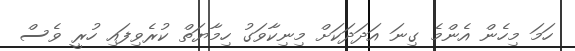
ހަމަ މިހެން އެންމެ ގިނަ އަދަދަކަށް މިނިކާވަގު ހިމާޔަތް ކުރެވިފައި ހުރީ ވެސް